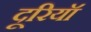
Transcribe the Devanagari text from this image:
दूरियॉ